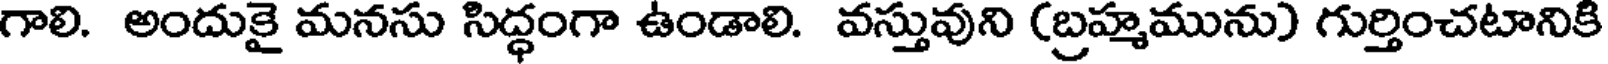
గాలి. అందుకై మనసు సిద్ధంగా ఉండాలి. వస్తువుని (బ్రహ్మమును) గుర్తించటానికి